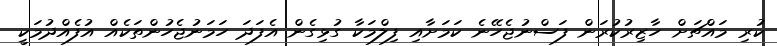
ކުރި މައްޗަށް ހާޒިރުކުރަން ފަސްނުޖެހޭނެ ކަމަށާއި ފިލްމަކާ ގުޅިގެން އެފަދަ ހަމަނުޖެހުންތަކެއް އުފެއްދުމަކީ